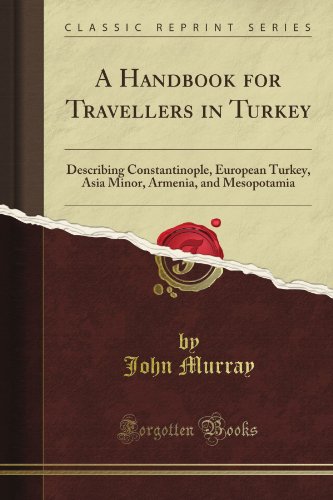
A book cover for A Handbook for Travellers in Turkey: Describing Constantinople, European Turkey, Asia Minor, Armenia, and Mesopotamia (Classic Reprint); John Murray; Travel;